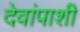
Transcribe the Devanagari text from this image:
देवांपाशी